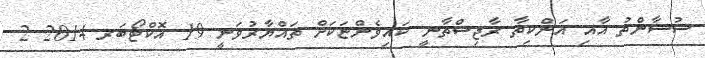
ސުޝާންތު އާއި އަންކިތާ ރާޖިސްތާނީ ކައިވެންޏަކަށް ތައްޔާރުވަނީ 19 އޮކްޓޯބަރ 2014 2